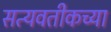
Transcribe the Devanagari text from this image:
सत्यवतीकच्या